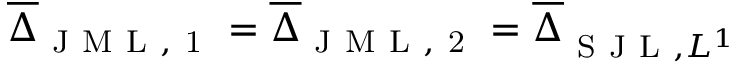
\overline { { \Delta } } _ { \mathrm { ~ J ~ M ~ L ~ , ~ 1 ~ } } = \overline { { \Delta } } _ { \mathrm { ~ J ~ M ~ L ~ , ~ 2 ~ } } = \overline { { \Delta } } _ { \mathrm { ~ S ~ J ~ L ~ } , L ^ { 1 } }